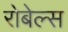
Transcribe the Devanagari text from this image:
रोबेल्स